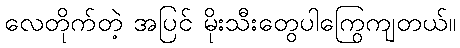
လေတိုက်တဲ့ အပြင် မိုးသီးတွေပါကြွေကျတယ်။